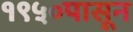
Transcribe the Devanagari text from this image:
१९५०पासून